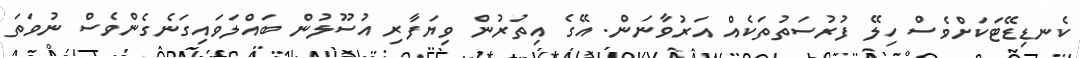
ކެނޑިޑޭޓަކަށްވެސް ހިލޭ ފުރުސަތުތަކެއް އަރުވާނަން. އޭގެ އިތުރުން ވިޔަފާރި އުސޫލުން ބައްލަވައިގަނެގެންވެސް ނުވަތަ